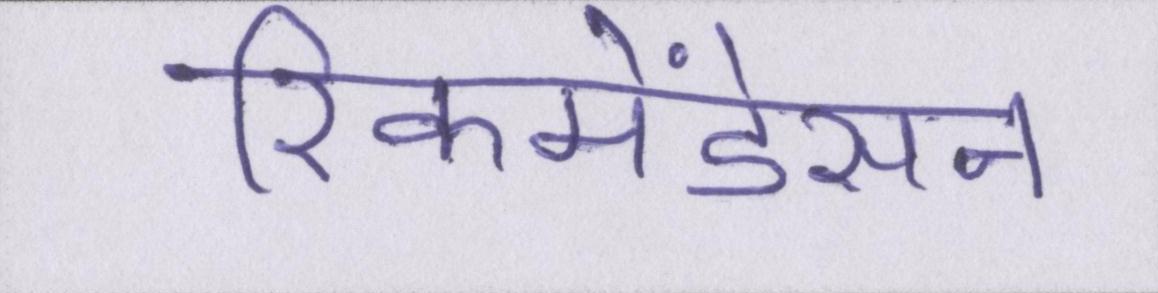
रिकमेंडेसन